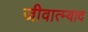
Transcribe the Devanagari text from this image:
जीवात्म्वाद